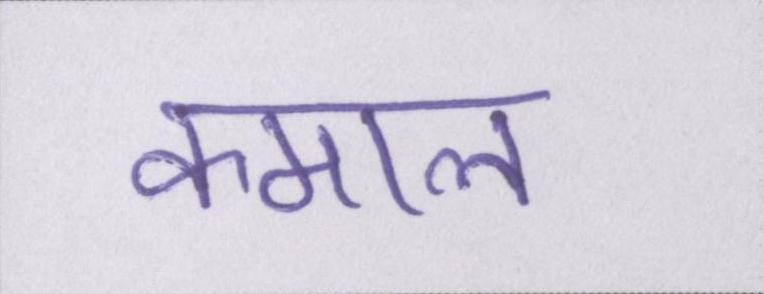
कमाल